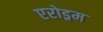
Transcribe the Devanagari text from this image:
एरोड्रम